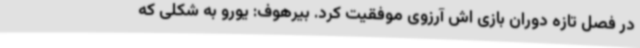
در فصل تازه دوران بازی اش آرزوی موفقیت کرد. بیرهوف: یورو به شکلی که